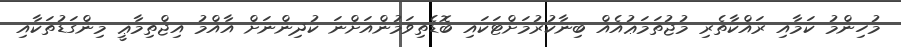
މުހިންމު ކަމާއި ރައްކާތެރި މުޖުތަމަޢުއެއް ބިނާކުރުމަށްޓަކައި ބޮޑެތިވަމުންއަށްނަ ކުދިންނަށް އާއްމު އިޖްތިމާޢީ މިންގަޑުތަކާއި